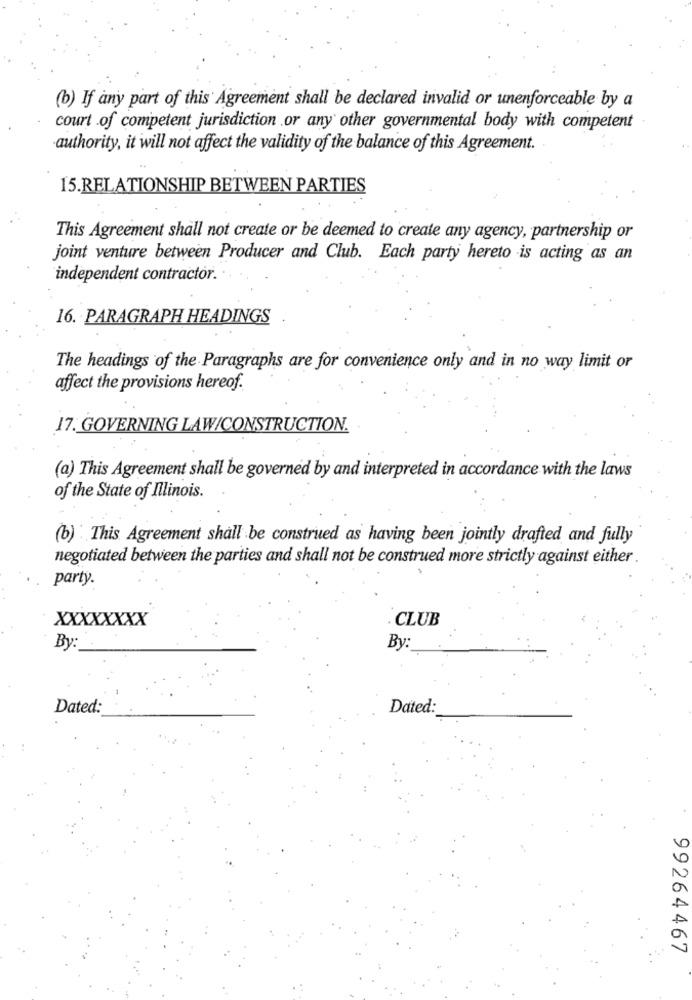
(b) If any part of this Agreement shall be declared invalid or unenforceable by a
court of competent jurisdiction .or any other governmental body with competent
authority, it will not affect the validity of the balance of this Agreement.
15.RELATIONSHIP BETWEEN PARTIES
This Agreement shall not create or be deemed to create any agency, partnership or
joint venture between Producer and Club. Each party hereto is acting as an
independent contractor.
16. PARAGRAPH HEADINGS
The headings of the Paragraphs are for convenience only and in no way limit or
affect the provisions hereof.
17. GOVERNING LAW/CONSTRUCTION.
(a) This Agreement shall be governed by and interpreted in accordance with the laws
of the State of Illinois.
(b) : This Agreement shall be construed as having been jointly drafted and fully
negotiated between the parties and shall not be construed more strictly against either
party.
XXXXXXXX
. CLUB
By:
By:
Dated:
Dated:
99264467